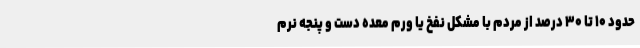
حدود ۱۰ تا ۳۰ درصد از مردم با مشکل نفخ یا ورم معده دست و پنجه نرم